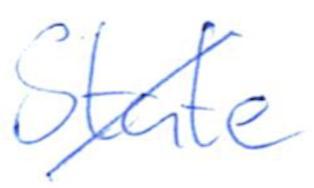
Text: State
Cross-out: diagonal
Writing tool: ballpoint